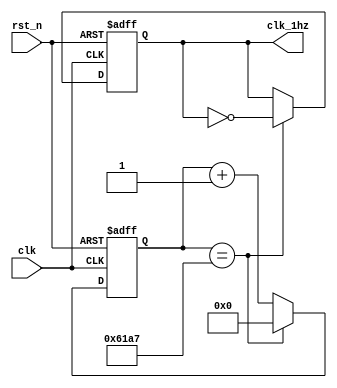
module  freq_change(//???
		//system signals
        input clk,//50Mhz ????
        input rst_n,//????
		
        output reg clk_1hz//1Hz??
        );
    
    reg [25: 0] clk_cnt;//????????????
    //????50%?50MHz?????20ns?10ns??????
    always  @(posedge clk or negedge rst_n) begin
            if(rst_n == 1'b0)//??rst_n?0???????
                clk_cnt <= 'd0;
            else if(clk_cnt == 'd24_999)//?50MHz???1Hz?24'900'000???????50%?
                clk_cnt <= 'd0;
            else
                clk_cnt <= clk_cnt + 1'b1;//???????
    end

    //clk_1hz
    always @(posedge clk or negedge rst_n) begin
            if(rst_n == 1'b0)//??????
                clk_1hz <= 1'b0;
            else if(clk_cnt == 'd24_999)
                clk_1hz <= ~clk_1hz;//??
    end

endmodule